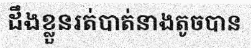
ដឹងខ្លួនរត់បាត់នាងតូចបាន